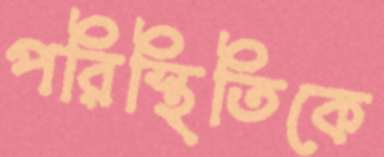
পরিস্থিতিকে